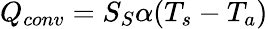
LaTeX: Q_{conv}=S_{S}\alpha(T_{s}-T_{a})